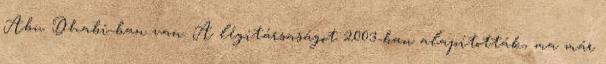
Abu Dhabi-ban van. A légitársaságot 2003-ban alapították, ma már